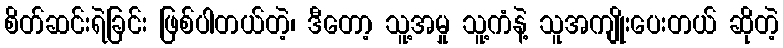
စိတ်ဆင်းရဲခြင်း ဖြစ်ပါတယ်တဲ့၊ ဒီတော့ သူ့အမှု သူ့ကံနဲ့ သူအကျိုးပေးတယ် ဆိုတဲ့